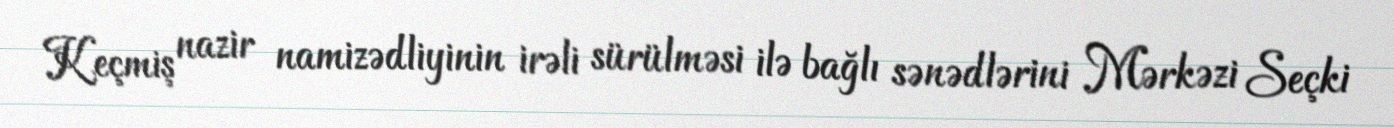
Keçmiş nazir namizədliyinin irəli sürülməsi ilə bağlı sənədlərini Mərkəzi Seçki